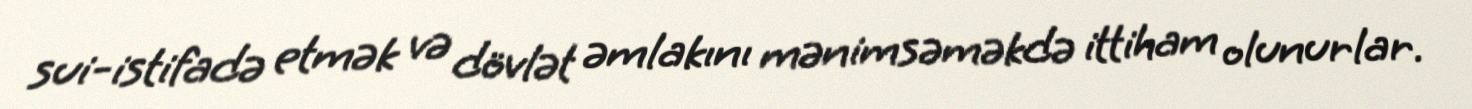
sui-istifadə etmək və dövlət əmlakını mənimsəməkdə ittiham olunurlar.